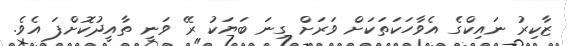
ޒާކިރު ނައިކްގެ އެވާހަކަތަކަށް ވަރަށް ގިނަ ބަޔަކު ރޭ ވަނީ ތާއީދުކޮށްފަ އެވެ.